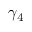
\gamma _ { 4 }